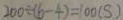
2 0 0 \div ( 6 - 4 ) = 1 0 0 ( S )